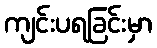
ကျင်းပရခြင်းမှာ